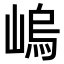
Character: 嵨